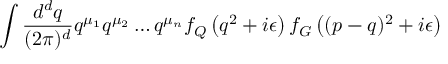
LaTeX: \int \frac { d ^ { d } q } { ( 2 \pi ) ^ { d } } q ^ { \mu _ { 1 } } q ^ { \mu _ { 2 } } \ldots q ^ { \mu _ { n } } f _ { Q } \left( q ^ { 2 } + i \epsilon \right) f _ { G } \left( ( p - q ) ^ { 2 } + i \epsilon \right)